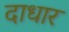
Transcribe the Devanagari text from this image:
दाधार